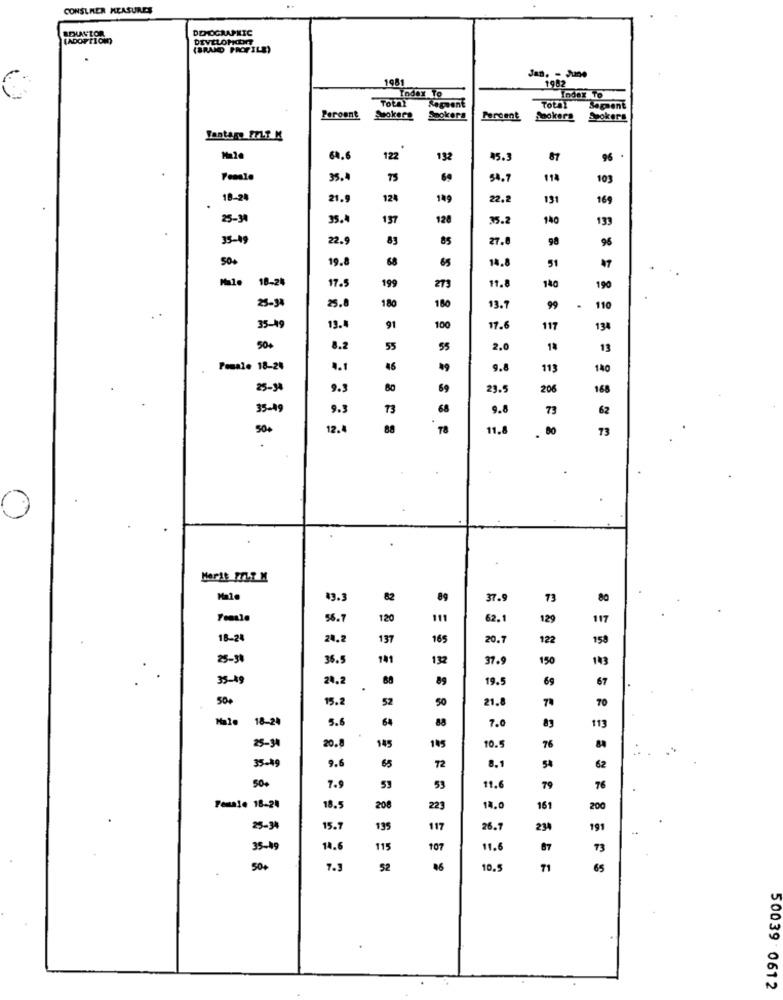
CONSUMER MEASURES
ADUNTOR
DEMOGRAPHIC
(ADOPTION)
(BRAND PROFILE)
1981
Jan. - June
Index To
1982
Total
Index To
Sepsent
Total
Segment
Peroant
Sokers
Smokers
Percent
Sookers Spokers
60.6
122
132
45.
87
96
Female
35.
69
54.1
194
103
18-24
21.9
124
149
22.2
131
169
25-34
35.
137
128
35.2
140
133
35-19
22.
89
85
27.8
98
96
50+
19.8
68
65
14.8
47
51
18-21
17.5
199
273
11.8
140
190
25-34
25.
180
180
13.7
99
.
110
35-19
13.
91
100
17.6
117
134
50+
8.2
55
55
2.0
13
Pouale 18-24
4.1
46
9.8
113
140
25-34
9.3
80
69
29.
206
168
35-19
9.3
73
68
9.8
73
62
50+
12.
88
78
11.8
73
43.3
82
89
37.5
73
56.7
120
111
62.1
129
117
18-24
24.2
137
165
20.7
122
25-31
36.
141
132
37.9
150
35-19
20,2
89
19.5
69
67
50+
15.2
52
50
21.8
7ª
70
18-24
5.6
64
88
7.0
113
25-34
20.8
145
145
10.5
76
35-49
9.6
8.1
65
72
11.6
7.9
53
53
79
76
Female 18-24
18.5
208
223
14.6
161
200
25-34
15.7
195
117
26.7
234
191
35-49
14.6
115
107
11.6
87
73
50+
7.3
52
46
10.5
71
65
50039 0612